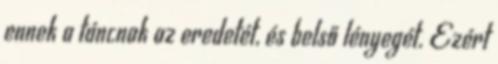
ennek a táncnak az eredetét, és belső lényegét. Ezért